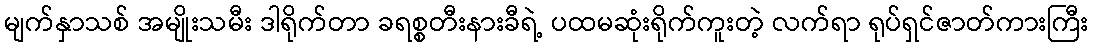
မျက်နှာသစ် အမျိုးသမီး ဒါရိုက်တာ ခရစ္စတီးနားခီရဲ့ ပထမဆုံးရိုက်ကူးတဲ့ လက်ရာ ရုပ်ရှင်ဇာတ်ကားကြီး